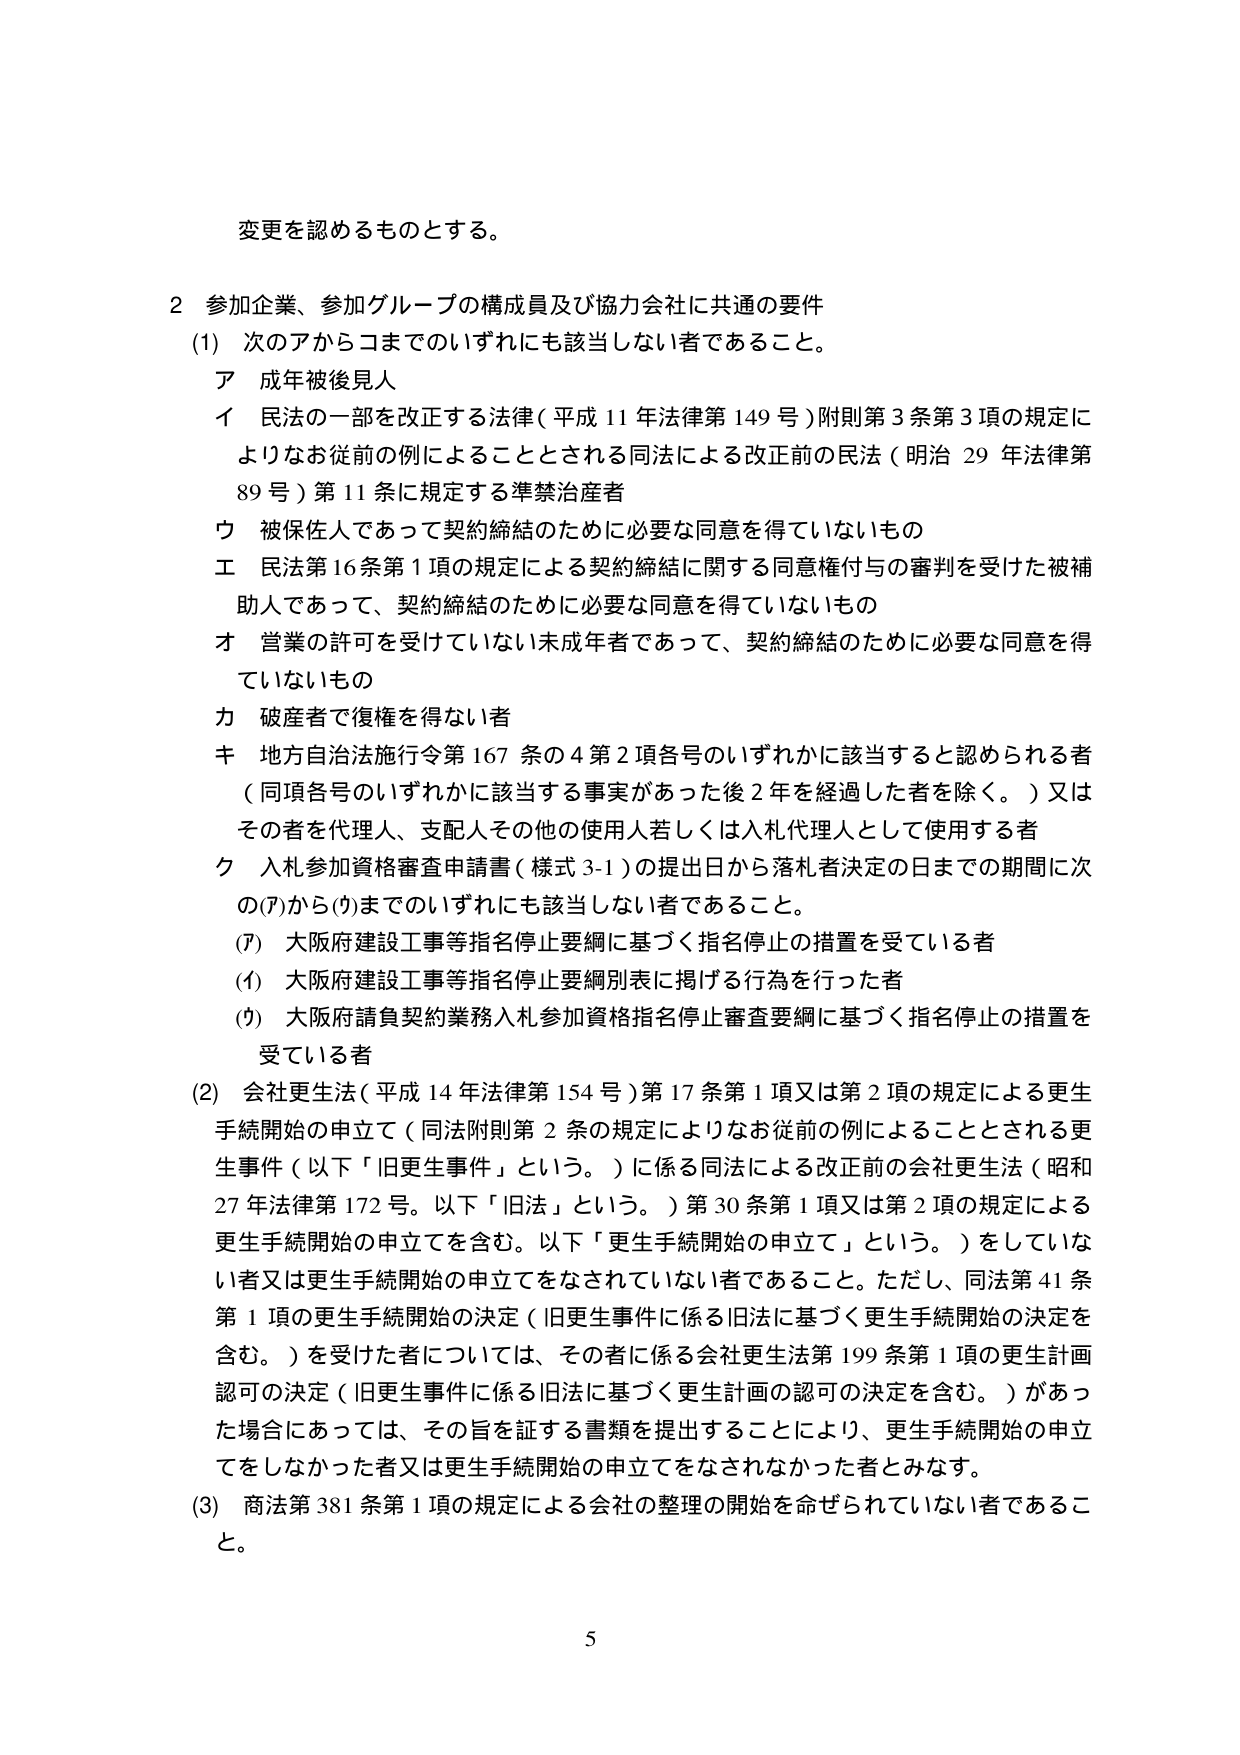
変更を認めるものとする。

２ 参加企業、参加グループの構成員及び協力会社に共通の要件
(1) 次のアからコまでのいずれにも該当しない者であること。
　ア 成年被後見人
　イ 民法の一部を改正する法律（平成11年法律第149号）附則第3条第3項の規定によりなお従前の例によることとされる同法による改正前の民法（明治29年法律第89号）第11条に規定する準禁治産者
　ウ 被保佐人であって契約締結のために必要な同意を得ていないもの
　エ 民法第16条第1項の規定による契約締結に関する同意権付与の審判を受けた被補助人であって、契約締結のために必要な同意を得ていないもの
　オ 営業の許可を受けていない未成年者であって、契約締結のために必要な同意を得ていないもの
　カ 破産者で復権を得ない者
　キ 地方自治法施行令第167条の4第2項各号のいずれかに該当すると認められる者（同項各号のいずれかに該当する事実があった後2年を経過した者を除く。）又はその者を代理人、支配人その他の使用人若しくは入札代理人として使用する者
　ク 入札参加資格審査申請書（様式3-1）の提出日から落札者決定の日までの期間に次の(ｱ)から(ｳ)までのいずれにも該当しない者であること。
　　(ｱ) 大阪府建設工事等指名停止要綱に基づく指名停止の措置を受けている者
　　(ｲ) 大阪府建設工事等指名停止要綱別表に掲げる行為を行った者
　　(ｳ) 大阪府請負契約業務入札参加資格指名停止審査要綱に基づく指名停止の措置を受けている者
(2) 会社更生法（平成14年法律第154号）第17条第1項又は第2項の規定による更生手続開始の申立て（同法附則第2条の規定によりなお従前の例によることとされる更生事件（以下「旧更生事件」という。）に係る同法による改正前の会社更生法（昭和27年法律第172号。以下「旧法」という。）第30条第1項又は第2項の規定による更生手続開始の申立てを含む。以下「更生手続開始の申立て」という。）をしていない者又は更生手続開始の申立てをなされていない者であること。ただし、同法第41条第1項の更生手続開始の決定（旧更生事件に係る旧法に基づく更生手続開始の決定を含む。）を受けた者については、その者に係る会社更生法第199条第1項の更生計画認可の決定（旧更生事件に係る旧法に基づく更生計画の認可の決定を含む。）があった場合にあっては、その旨を証する書類を提出することにより、更生手続開始の申立てをしなかった者又は更生手続開始の申立てをなされなかった者とみなす。
(3) 商法第381条第1項の規定による会社の整理の開始を命ぜられていない者であること。

5